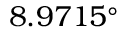
8 . 9 7 1 5 ^ { \circ }